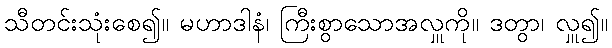
သီတင်းသုံးစေ၍။ မဟာဒါနံ၊ ကြီးစွာသောအလှူကို။ ဒတွာ၊ လှူ၍။